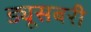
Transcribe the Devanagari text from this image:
ड्यूसबरी